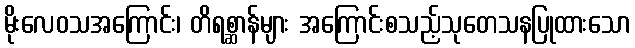
မိုးလေဝသအကြောင်း၊ တိရစ္ဆာန်များ အကြောင်းစသည့်သုတေသနပြုထားသော